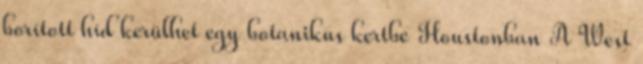
borított híd kerülhet egy botanikus kertbe Houstonban A West